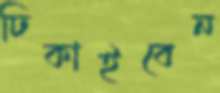
ঢিকাইবেন